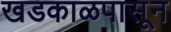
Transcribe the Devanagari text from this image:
खडकाळपासून